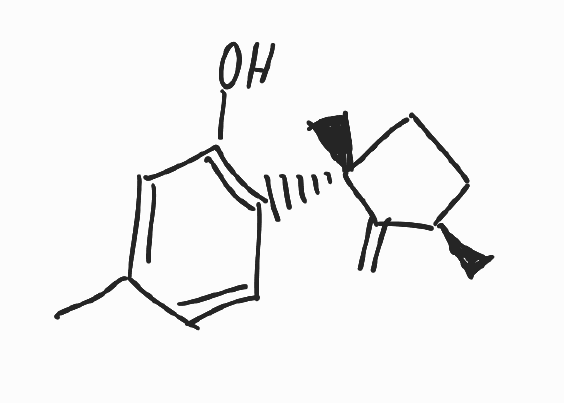
Simplified molecular-input line-entry system (SMILES) notation of the given molecule:
C[C@@H]1CC[C@@](C1=C)(C)C2=C(C=C(C=C2)C)O